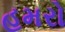
હમરો